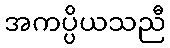
အကပ္ပိယသညီ